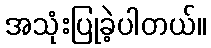
အသုံးပြုခဲ့ပါတယ်။